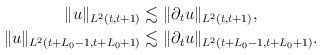
\begin{align*}\|u\|_{L^2(t,t+1)}&\lesssim \|\partial_t u\|_{L^2(t,t+1)},\\\|u\|_{L^2(t+L_0-1, t+L_0+1)}&\lesssim \|\partial_t u\|_{L^2(t+L_0-1, t+L_0+1)}.\end{align*}